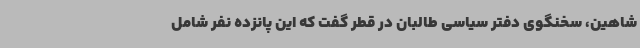
شاهین، سخنگوی دفتر سیاسی طالبان در قطر گفت که این پانزده نفر شامل